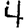
Digit: 4